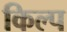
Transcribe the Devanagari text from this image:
किल्प